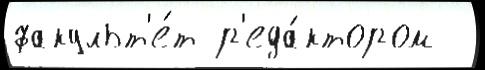
факульт'е́т р'еда́ктором